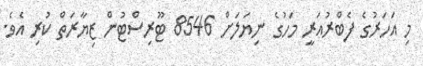
މި އަހަރުގެ ފެބްރުއަރީ މަހުގެ ނިޔަލަށް 8546 ޓޫރިސްޓުން ޒިޔާރަތް ކުރި އެވެ.